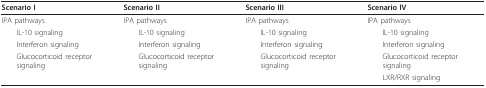
| Scenario I | Scenario II | Scenario III | Scenario IV |
 | --- | --- | --- | --- |
 | IPA pathways | IPA pathways | IPA pathways | IPA pathways |
 | IL-10 signaling | IL-10 signaling | IL-10 signaling | IL-10 signaling |
 | Interferon signaling | Interferon signaling | Interferon signaling | Interferon signaling |
 | Glucocorticoid receptor signaling | Glucocorticoid receptor signaling | Glucocorticoid receptor signaling | Glucocorticoid receptor signaling |
 |  |  |  | LXR/RXR signaling |